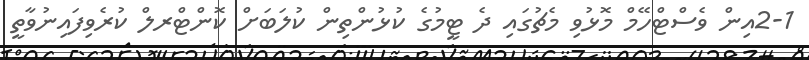
2-1އިން ވެސްޓްހޭމް މޮޅުވި މެޗުގައި ދެ ޓީމުގެ ކުޅުންތިން ކުލަބަށް ކޮންޓްރލް ކުރެވިފައިނުވާތީ